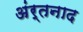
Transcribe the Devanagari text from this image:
अंर्तनाद